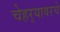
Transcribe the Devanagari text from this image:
चेहर्‍यावरचे